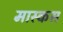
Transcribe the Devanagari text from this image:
मास्कस